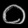
Digit: ၀